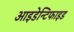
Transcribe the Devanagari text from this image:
आइडेन्टिफाइड